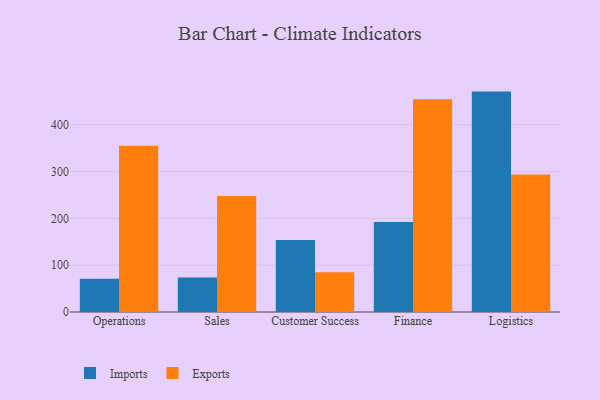
{"axis": {"x": "Department", "y": "Energy Usage (MWh)"}, "legend": ["Exports", "Imports"], "data": [{"x": "Operations", "y": 71.0, "type": "Imports"}, {"x": "Operations", "y": 355.1, "type": "Exports"}, {"x": "Sales", "y": 73.5, "type": "Imports"}, {"x": "Sales", "y": 248.1, "type": "Exports"}, {"x": "Customer Success", "y": 154.0, "type": "Imports"}, {"x": "Customer Success", "y": 84.9, "type": "Exports"}, {"x": "Finance", "y": 192.5, "type": "Imports"}, {"x": "Finance", "y": 454.5, "type": "Exports"}, {"x": "Logistics", "y": 471.0, "type": "Imports"}, {"x": "Logistics", "y": 294.1, "type": "Exports"}]}